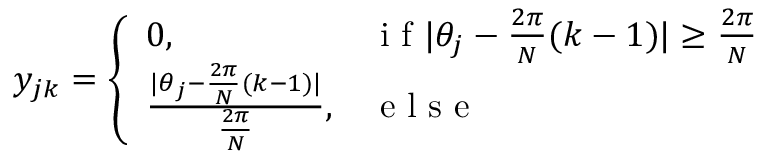
y _ { j k } = \left\{ \begin{array} { l l } { 0 , } & { \mathrm { ~ i ~ f ~ } | \theta _ { j } - \frac { 2 \pi } { N } ( k - 1 ) | \geq \frac { 2 \pi } { N } } \\ { \frac { | \theta _ { j } - \frac { 2 \pi } { N } ( k - 1 ) | } { \frac { 2 \pi } { N } } , } & { \mathrm { ~ e ~ l ~ s ~ e ~ } } \end{array} \right.